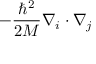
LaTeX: - { \frac { \hbar ^ { 2 } } { 2 M } } \nabla _ { i } \cdot \nabla _ { j }